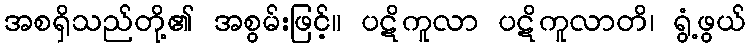
အစရှိသည်တို့၏ အစွမ်းဖြင့်။ ပဋိကူလာ ပဋိကူလာတိ၊ ရွံ့ဖွယ်